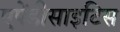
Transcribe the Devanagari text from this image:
एपेंडीसाइटिस